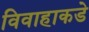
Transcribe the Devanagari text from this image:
विवाहाकडे